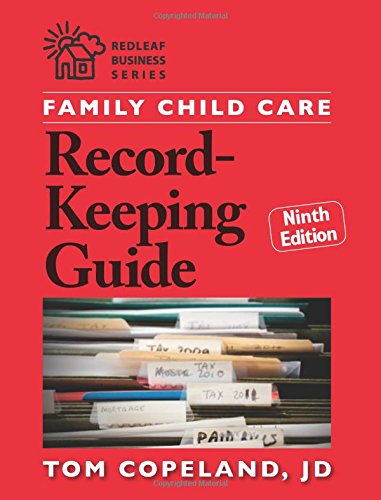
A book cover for Family Child Care Record-Keeping Guide, Ninth Edition (Redleaf Business Series); Tom Copeland  JD; Business & Money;